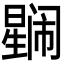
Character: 𭧼